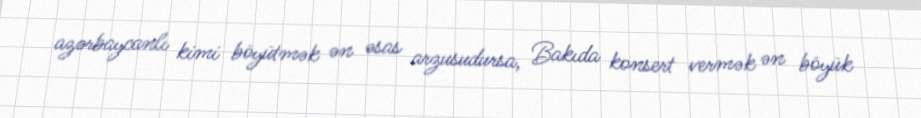
azərbaycanlı kimi böyütmək ən əsas arzusudursa, Bakıda konsert vermək ən böyük